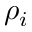
\rho _ { i }